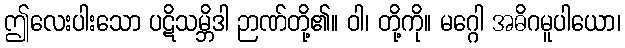
ဤလေးပါးသော ပဋိသမ္ဘိဒါ ဉာဏ်တို့၏။ ဝါ၊ တို့ကို။ မဂ္ဂေါ အဓိဂမူပါယော၊